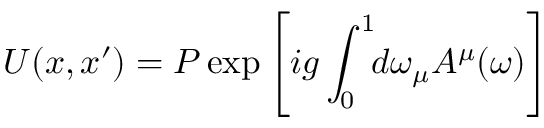
U ( x , x ^ { \prime } ) = { \cal P } \exp \left[ i g \int _ { 0 } ^ { 1 } \! \! d \omega _ { \mu } A ^ { \mu } ( \omega ) \right]